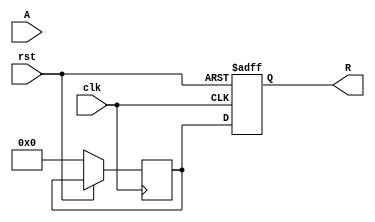
module approx_reciprocal (
    input  wire [15:0] A,  // 16-bit input
    output reg  [15:0] R,  // 16-bit output
    input  wire clk,
    input  wire rst
);

    // Constants for polynomial approximation
    parameter POLY_A = 16'h1A6C; // Coefficient for x^0
    parameter POLY_B = 16'hE2B6; // Coefficient for x^1
    parameter POLY_C = 16'h7A7A; // Coefficient for x^2

    // Internal signals
    reg [15:0] A_inv; // Approximate reciprocal
    reg [15:0] A_normalized;

    // Normalize input (example: scale to [0, 1] range if needed)
    always @(posedge clk or posedge rst) begin
        if (rst) begin
            A_normalized <= 16'b0;
        end else begin
            // Simple normalization for demonstration
            // Assuming A is in the range [0, 1] (scaled appropriately)
            A_normalized <= A; // This should be replaced with actual normalization logic
        end
    end

    // Approximate reciprocal calculation using polynomial approximation
    always @(posedge clk or posedge rst) begin
        if (rst) begin
            R <= 16'b0;
        end else begin
            // Polynomial approximation: R  POLY_A + POLY_B * A_normalized + POLY_C * A_normalized^2
            // For simplicity, we will use a simple multiplication method
            A_inv <= POLY_A + (POLY_B * A_normalized) >> 8 + (POLY_C * (A_normalized * A_normalized)) >> 16; // Shift right for scaling
            R <= A_inv;
        end
    end

endmodule